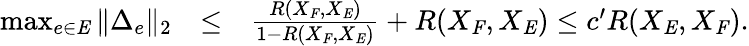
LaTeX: \begin{array}{rlr}{\operatorname*{max}_{e\in\mathit{E}}\| \Delta_{e}\| _{2}}&{\leq}&{\frac{R(X_{\mathit{F}},X_{\mathit{E}})}{1-R(X_{\mathit{F}},X_{\mathit{E}})}+R(X_{\mathit{F}},X_{\mathit{E}})\leq c^{\prime}R(X_{\mathit{E}},X_{\mathit{F}}).}\end{array}